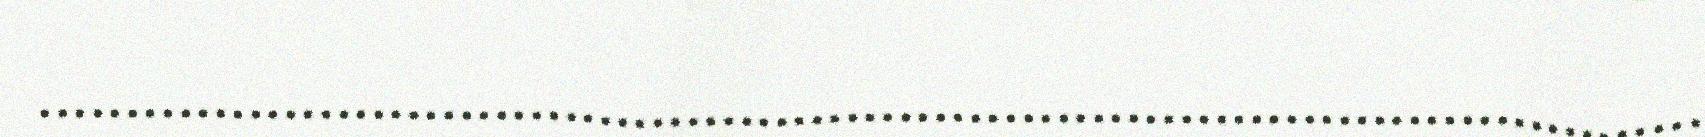
...............................................................................................